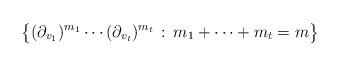
LaTeX: \begin{align*}\big\{(\partial_{v_1})^{m_1}\cdots (\partial_{v_t})^{m_t}\, :\, m_1+\cdots+m_t=m\big\}\end{align*}